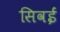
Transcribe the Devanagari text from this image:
सिवईं